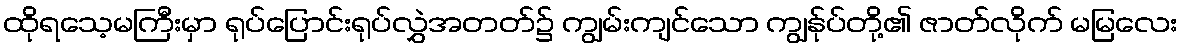
ထိုရသေ့မကြီးမှာ ရုပ်ပြောင်းရုပ်လွှဲအတတ်၌ ကျွမ်းကျင်သော ကျွန်ုပ်တို့၏ ဇာတ်လိုက် မမြလေး